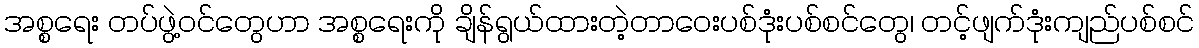
အစ္စရေး တပ်ဖွဲ့ဝင်တွေဟာ အစ္စရေးကို ချိန်ရွယ်ထားတဲ့တာဝေးပစ်ဒုံးပစ်စင်တွေ၊ တင့်ဖျက်ဒုံးကျည်ပစ်စင်